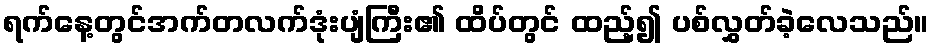
ရက်နေ့တွင်အက်တလက်ဒုံးပျံကြီး၏ ထိပ်တွင် ထည့်၍ ပစ်လွှတ်ခဲ့လေသည်။